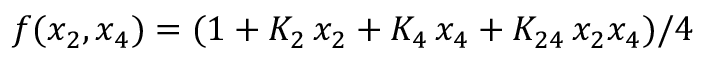
f ( x _ { 2 } , x _ { 4 } ) = ( 1 + K _ { 2 } \, x _ { 2 } + K _ { 4 } \, x _ { 4 } + K _ { 2 4 } \, x _ { 2 } x _ { 4 } ) / 4